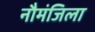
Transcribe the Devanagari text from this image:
नौमंजिला